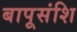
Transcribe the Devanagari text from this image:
बापूसंशि